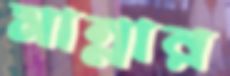
মান্নার